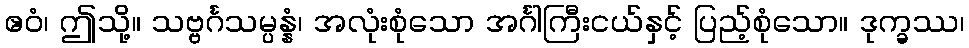
ဧဝံ၊ ဤသို့။ သဗ္ဗင်္ဂသမ္ပန္နံ၊ အလုံးစုံသော အင်္ဂါကြီးငယ်နှင့် ပြည့်စုံသော။ ဒုက္ခဿ၊